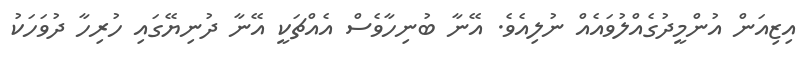
އިޒިއަން އުންމީދުގެއްލުވައެއް ނުލިއެވެ. އޭނާ ބުނިހާވެސް އެއްޗަކީ އޭނާ ދުނިޔޭގައި ހުރިހާ ދުވަހަކު